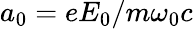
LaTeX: a_{0}=eE_{0}/m\omega_{0}c